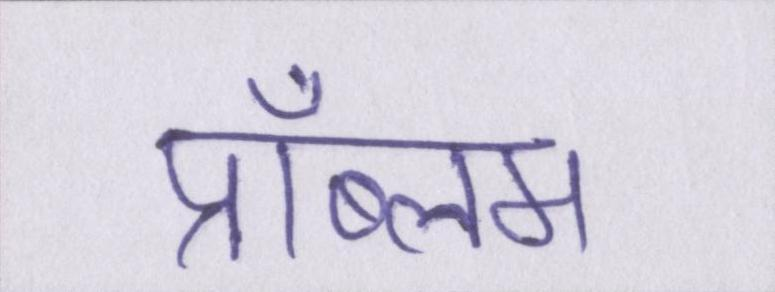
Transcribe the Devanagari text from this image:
प्रॉब्लम